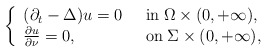
\begin{align*}\left\{\begin{array}{ll}(\partial _t-\Delta )u=0\;\; &\mbox{in}\; \Omega \times (0,+\infty ),\\\frac{\partial u}{\partial \nu}=0, &\mbox{on}\; \Sigma \times (0,+\infty ),\end{array}\right.\end{align*}